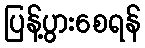
ပြန့်ပွားစေရန်